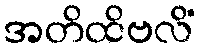
အတိထိဗလိံ